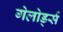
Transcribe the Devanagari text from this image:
गेलोर्ड्स